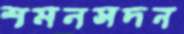
শমনসদন